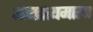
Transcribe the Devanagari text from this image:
अगस्त्यमाला